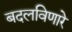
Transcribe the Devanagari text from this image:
बदलविणारे